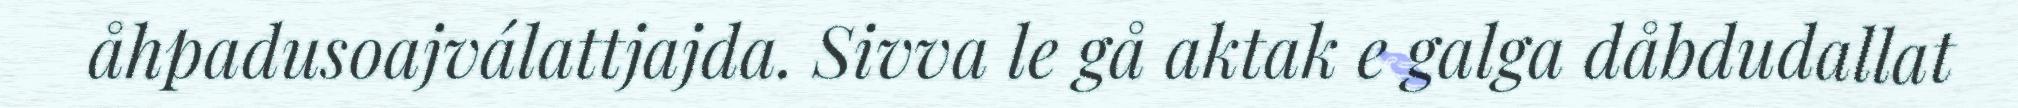
åhpadusoajválattjajda. Sivva le gå aktak e galga dåbdudallat